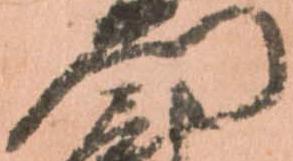
門